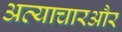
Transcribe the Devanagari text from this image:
अत्याचारऔर